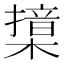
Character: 𣚮